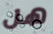
هل